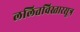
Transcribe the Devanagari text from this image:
ललितविस्तारसूत्र